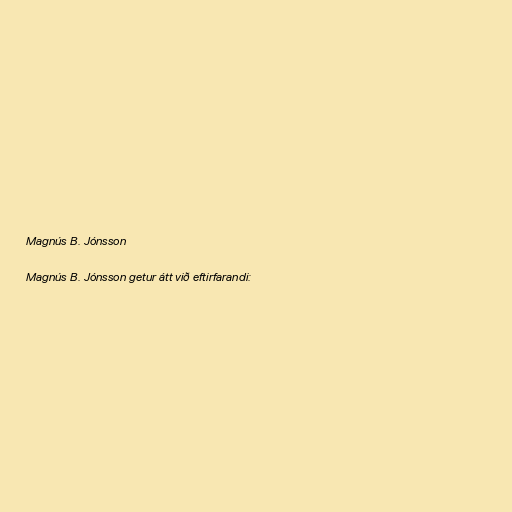
Magnús B. Jónsson

Magnús B. Jónsson getur átt við eftirfarandi: